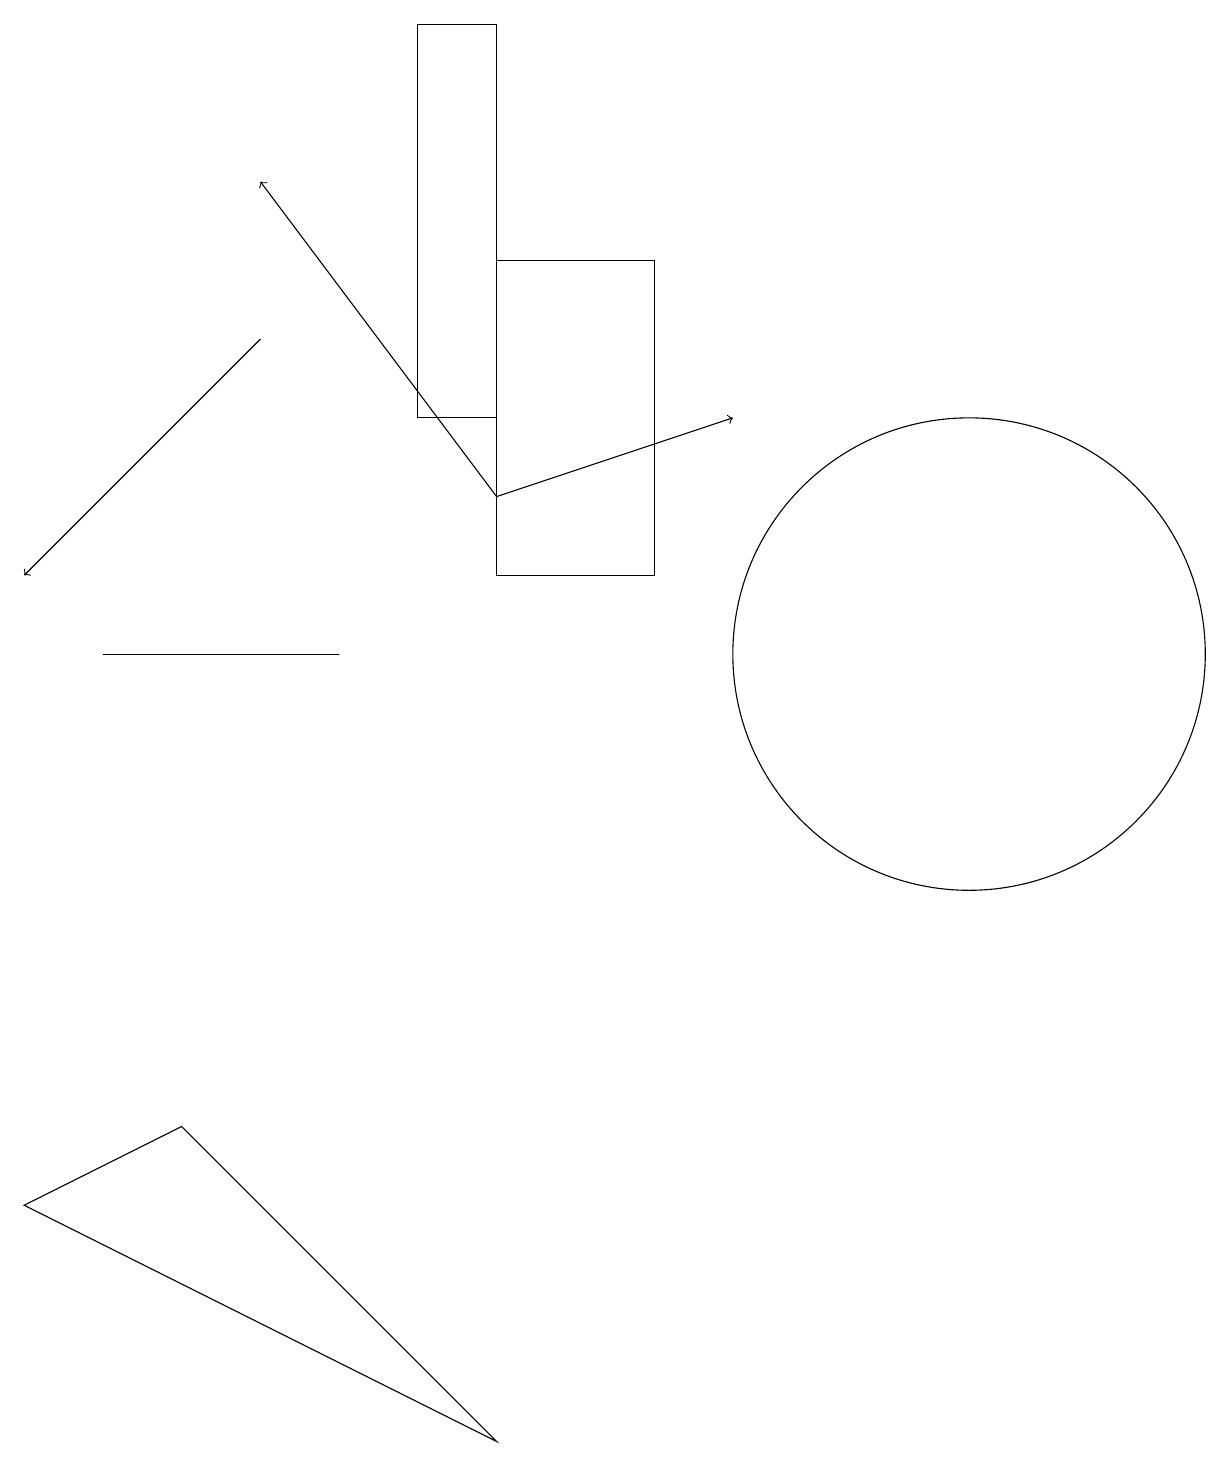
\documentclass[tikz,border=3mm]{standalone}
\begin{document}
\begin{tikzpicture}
\draw (8,15) rectangle (6,11);
\draw (4,10) rectangle (1,10);
\draw (6,0) -- (2,4) -- (0,3) -- cycle;
\draw (12,10) circle (3);
\draw[->] (6,12) -- (3,16);
\draw[->] (3,14) -- (0,11);
\draw[->] (6,12) -- (9,13);
\draw (5,13) rectangle (6,18);
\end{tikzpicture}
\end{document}